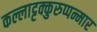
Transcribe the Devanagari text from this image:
कल्लाट्टक्कुरुप्पन्मार